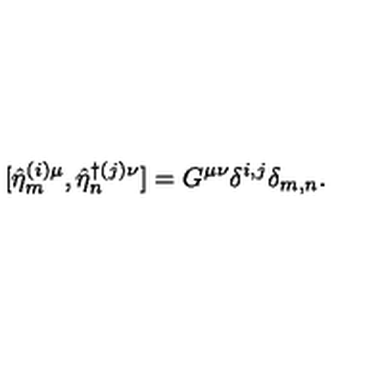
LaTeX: [ \hat { \eta } _ { m } ^ { ( i ) \mu } , \hat { \eta } _ { n } ^ { \dagger ( j ) \nu } ] = G ^ { \mu \nu } \delta ^ { i , j } \delta _ { m , n } .